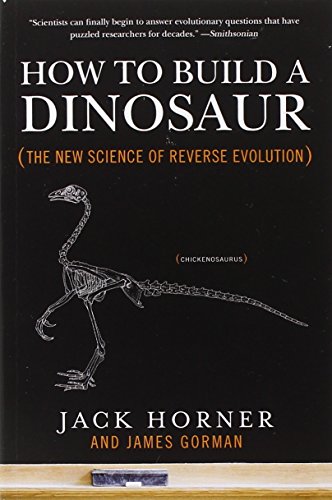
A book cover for How to Build a Dinosaur: The New Science of Reverse Evolution; Jack Horner; Science & Math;